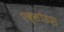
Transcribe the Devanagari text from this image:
एक्सोडास